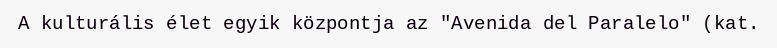
A kulturális élet egyik központja az "Avenida del Paralelo" (kat.